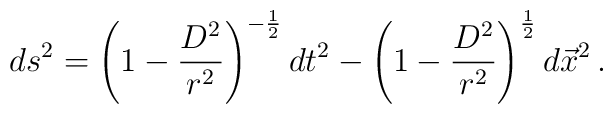
ds^{2} = \left( 1- \frac{D^{2}}{r^{2}} \right)^{-\frac{1}{2}} dt^{2}-\left( 1- \frac{D^{2}}{r^{2}} \right)^{\frac{1}{2}}d\vec{x}^{2}\, .